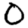
Digit: 0